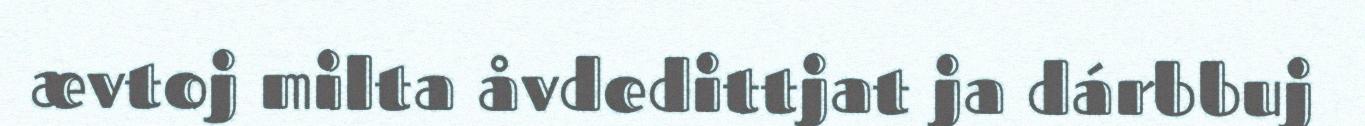
ævtoj milta åvdedittjat ja dárbbuj